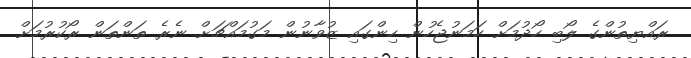
ރައްޔިތުންގެ ލޯބި ހޯދުމަށް ހަމަނުޖެހުން ހިންގައި ޒުވާނުން މަގުމައްޗަށް ނެރެ ތަންތަން ރޯކުރުމަށް